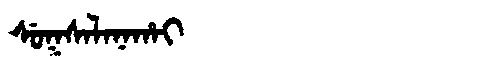
Manchu: ᠰᡠᡴᠰᠠᠯᠠᠨᠠᡥᠠᡳ
Romanization: SUKSALANAHAI